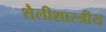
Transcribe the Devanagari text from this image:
शैलीशास्त्रीय